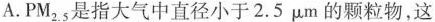
A.PM_{2.5}是指大气中直径小于2.5μm的颗粒物，这